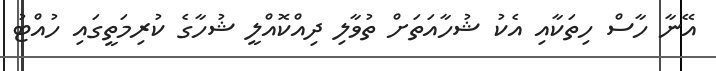
އޭނާ ހާސް ހިތަކާއި އެކު ޝުހާއަތަށް ތުވާލި ދިއްކޮއްލީ ޝުހާގެ ކުރިމަތީގައި ހުއްޓު